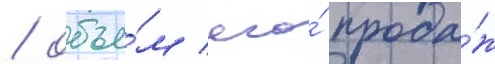
/ объе́м его́ прода́ж